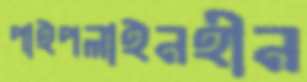
পাইপলাইনহীন